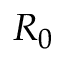
R _ { 0 }